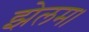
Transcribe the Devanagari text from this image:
झेलम।